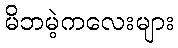
မိဘမဲ့ကလေးများ